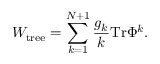
W _ { \mathrm { t r e e } } = \sum _ { k = 1 } ^ { N + 1 } \frac { g _ { k } } { k } \mathrm { T r } \Phi ^ { k } .